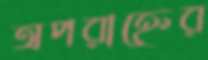
অপরাহ্নের